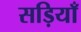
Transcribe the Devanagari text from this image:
सड़ियाँ